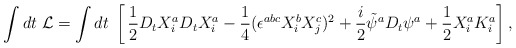
\begin{align*}\int dt\;{\cal L}=\int dt\;\left[\,\frac{1}{2}D_tX^a_iD_tX^a_i-\frac{1}{4}(\epsilon^{abc}X^b_iX^c_j)^2+\frac{i}{2}\tilde\psi^aD_t\psi^a+\frac{1}{2}X^a_iK^a_i \right],\end{align*}